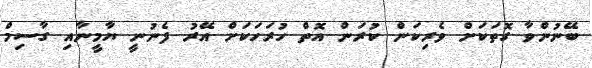
ބޭނުންވާ ގޮތަކަށް ވެރިކަން ކުރަން އޮތް ހުރަހަކަށް އޭރު ފެނުނީ ޔާމީނާއި ގާސިމް